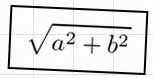
\sqrt{a^2+b^2}